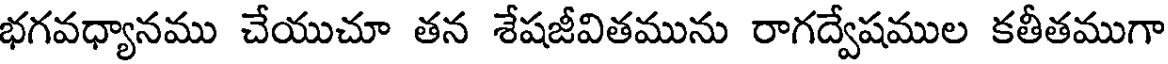
భగవధ్యానము చేయుచూ తన శేషజీవితమును రాగద్వేషముల కతీతముగా